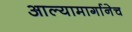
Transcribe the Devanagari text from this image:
आल्यामार्गानेच